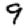
Digit: 9